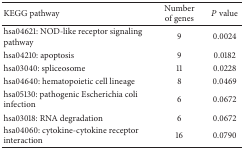
| KEGG pathway | Number of genes | P value |
 | --- | --- | --- |
 | hsa04621: NOD-like receptor signaling pathway | 9 | 0.0024 |
 | hsa04210: apoptosis | 9 | 0.0182 |
 | hsa03040: spliceosome | 11 | 0.0228 |
 | hsa04640: hematopoietic cell lineage | 8 | 0.0469 |
 | hsa05130: pathogenic Escherichia coli infection | 6 | 0.0672 |
 | hsa03018: RNA degradation | 6 | 0.0672 |
 | hsa04060: cytokine-cytokine receptor interaction | 16 | 0.0790 |